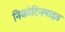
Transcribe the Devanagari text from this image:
निकोटिनमाइड